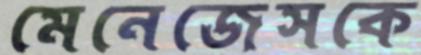
মেনেজেসকে